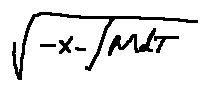
\sqrt { - x - \int M d T }